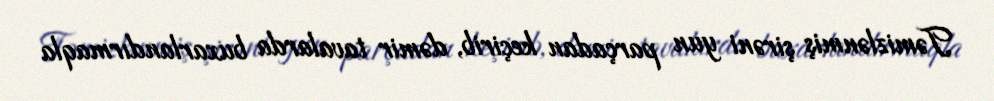
Təmizlənmiş şirəni yun parçadan keçirib, dəmir tavalarda buxarlandırmaqla